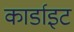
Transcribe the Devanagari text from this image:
कार्डाइट